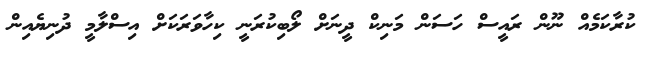
ކުރާކަމެއް ނޫން ރައީސް ހަސަން މަނިކް ދީނަށް ލޯބިކުރަނީ ކިހާވަރަކަށް އިސްލާމީ ދުނިޔެއިން